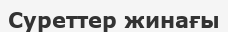
Cуреттер жинағы